Annual returns of the Patna Lunatic Asylum at Bankipore in Bihar and Orissa - 1912-1924
Year: 1912
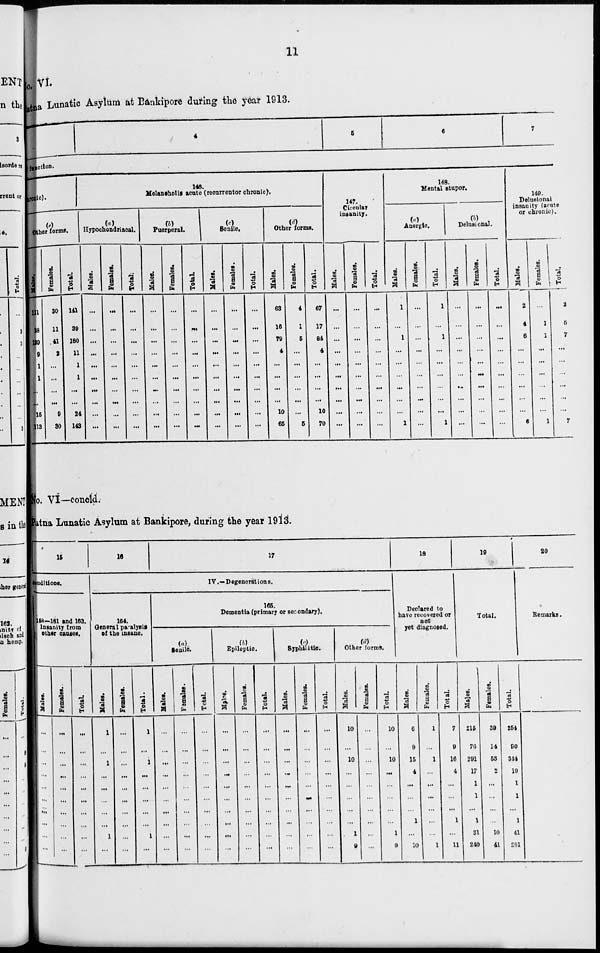
11
No. VI.
Patna Lunatic Asylum at Bankipore during the year 1913.
4
5
6
7
function.
ronic).
(e)
Other forms.
Males.
111
28
139
9
1
1
...
...
15
113
Females.
30
11
41
2
...
...
...
...
9
30
Total.
141
39
180
11
1
1
...
...
24
143
146.
Melancholis acute (recurrentor chronic).
(a)
Hypochondriacal.
Males.
...
...
...
...
...
...
...
...
...
...
Females.
...
...
...
...
...
...
...
...
...
...
Total.
...
...
...
...
...
...
...
...
...
(b)
Puerperal.
Males.
...
...
...
...
...
...
...
...
...
...
Females.
...
...
...
...
...
...
...
...
...
...
Total.
...
...
...
...
...
...
...
...
...
...
(c)
Senfle.
Males.
...
...
...
...
...
...
...
...
...
...
Females.
...
...
...
...
...
...
...
...
...
...
Total.
...
...
...
...
...
...
...
...
...
(d)
Other forms.
Males.
63
16
79
4
...
...
...
...
10
65
Females.
4
1
5
...
...
...
...
...
...
5
Total.
67
17
84
4
...
...
...
...
10
70
147.
Choniar
Insanity.
Males.
...
...
...
...
...
...
...
...
...
...
Females.
...
...
...
...
...
...
...
...
...
...
Total.
...
...
...
...
...
...
...
...
...
...
148.
Mental stupor.
(a)
Anergic.
Males.
1
...
1
...
...
...
...
...
...
1
Females.
...
...
...
...
...
...
...
...
...
...
Total.
1
...
1
...
...
...
...
...
...
1
(b)
Delusional.
Males.
...
...
...
...
...
...
...
...
...
...
Females.
...
...
...
...
...
...
...
...
...
...
Total.
...
...
...
...
...
...
...
...
...
...
149.
Delusional
insanity Urate
or chronic).
Males.
2
4
6
...
...
...
...
...
...
6
Females.
...
1
1
...
...
...
...
...
...
1
Total.
2
5
7
...
...
...
...
...
...
7
No. VI—concld.
Patna Lunatic Asylum at Bankipore, during the year 1913.
15
conditions.
158—161 and 163.
Insanity from
other causes.
Males.
...
...
...
...
...
...
...
...
...
...
Females.
...
...
...
...
...
...
...
...
...
...
Total.
...
...
...
...
...
...
...
...
...
...
16
17
IV .—Degenerations.
164.
General paralysis
of the insane.
Males.
1
...
1
...
...
...
...
...
1
...
Females.
...
...
...
...
...
...
...
...
...
...
Total.
1
...
1
...
...
...
...
...
1
...
165.
Dementia (primary or secondary).
(a)
Senile
Males.
...
...
...
...
...
...
...
...
...
...
Females.
...
...
...
...
...
...
...
...
...
...
Total.
...
...
...
...
...
...
...
...
...
...
(b)
Epileptic
Males.
...
...
...
...
...
...
...
...
...
...
Females.
...
...
...
...
...
...
...
...
...
...
Total.
...
...
...
...
...
...
...
...
...
...
(c)
Syphilitic.
Males.
...
...
...
...
...
...
...
...
...
...
Females.
...
...
...
...
...
...
...
...
...
...
Total.
...
...
...
...
...
...
...
...
...
...
(d)
Other forms.
Males.
10
...
10
...
...
...
...
...
1
9
Females.
...
...
...
...
...
...
...
...
...
...
Total.
10
...
10
...
...
...
...
...
1
9
18
Declared to
have recovered or
not
yet diagnosed.
Males.
6
9
15
4
...
...
...
1
...
10
Females.
1
...
1
...
...
...
...
...
...
1
Total.
7
9
16
4
...
...
...
1
...
11
19
Total.
Males.
215
76
291
17
1
1
...
1
31
240
Females.
39
14
53
2
...
...
...
...
10
41
Total.
254
90
344
19
1
1
...
1
41
281
20
Remarks.